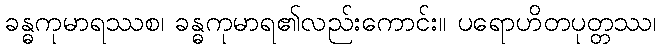
ခန္ဓကုမာရဿစ၊ ခန္ဓကုမာရ၏လည်းကောင်း။ ပရောဟိတပုတ္တဿ၊